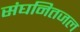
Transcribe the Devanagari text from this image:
संघनितजल